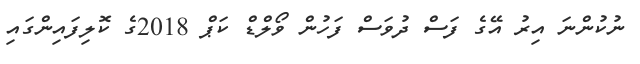
ނުކުންނަ އިރު އޭގެ ފަސް ދުވަސް ފަހުން ވޯލްޑް ކަޕް 2018ގެ ކޮލިފައިންގައި